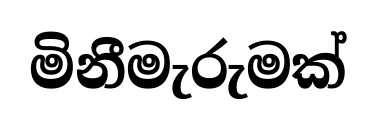
මිනීමැරුමක්